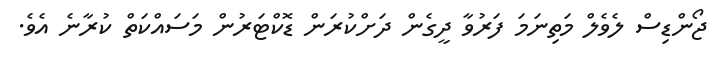
ޖޯންޑިސް ލެވެލް މަތިނަމަ ފަރުވާ ދީގެން ދަށްކުރަން ޑޮކްޓަރުން މަސައްކަތް ކުރާނެ އެވެ.